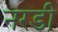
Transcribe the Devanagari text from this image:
नरडी